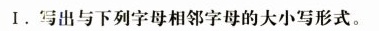
Ⅰ.写出与下列字母相邻字母的大小写形式。